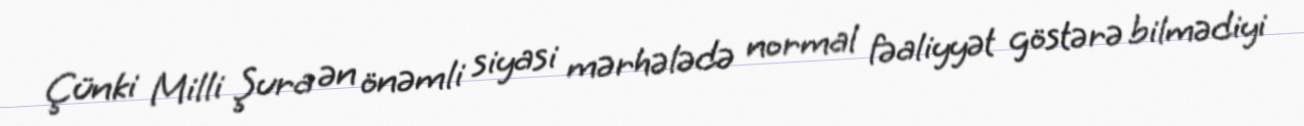
Çünki Milli Şura ən önəmli siyasi mərhələdə normal fəaliyyət göstərə bilmədiyi